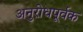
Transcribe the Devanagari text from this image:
अनुरोधपूर्वक